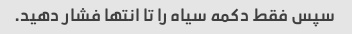
سپس فقط دکمه سیاه را تا انتها فشار دهید.